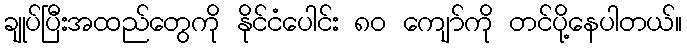
ချုပ်ပြီးအထည်တွေကို နိုင်ငံပေါင်း ၈၀ ကျော်ကို တင်ပို့နေပါတယ်။